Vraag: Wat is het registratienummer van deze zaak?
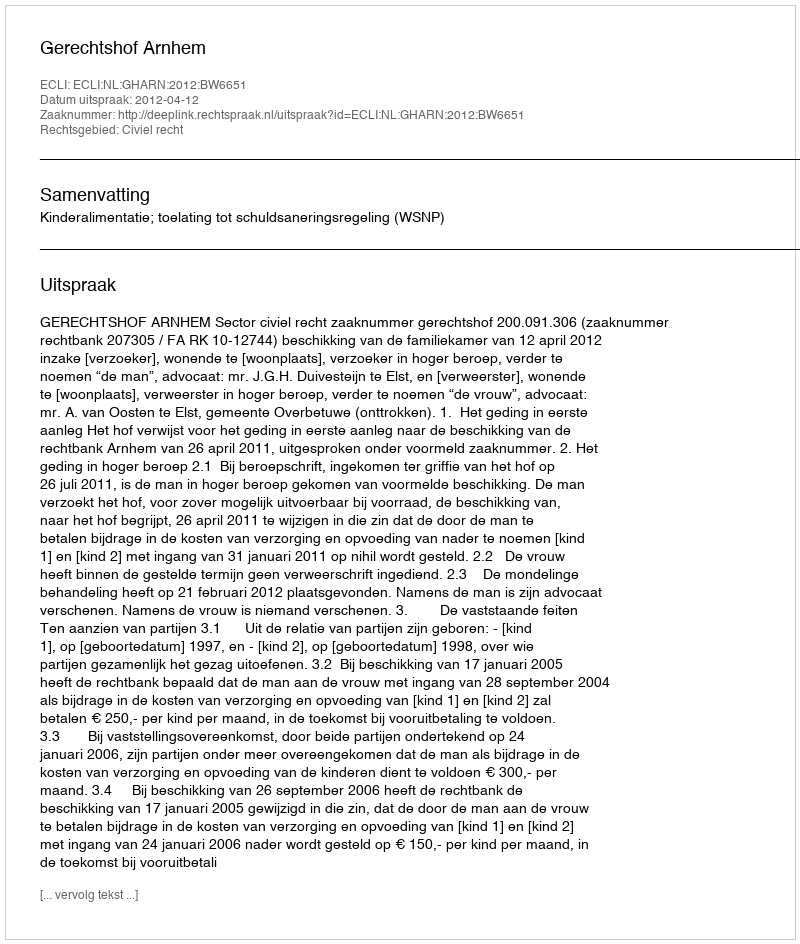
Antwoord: http://deeplink.rechtspraak.nl/uitspraak?id=ECLI:NL:GHARN:2012:BW6651